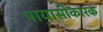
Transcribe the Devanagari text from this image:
पायासीकारक